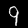
Label: 9